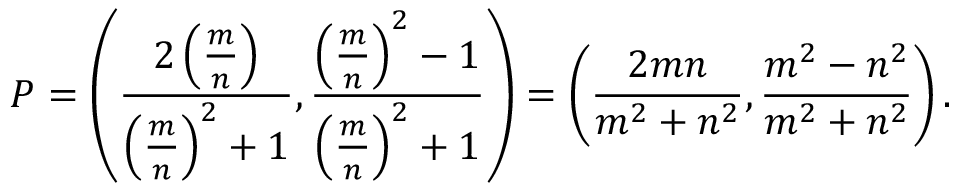
P = \left( { \frac { 2 \left( { \frac { m } { n } } \right) } { \left( { \frac { m } { n } } \right) ^ { 2 } + 1 } } , { \frac { \left( { \frac { m } { n } } \right) ^ { 2 } - 1 } { \left( { \frac { m } { n } } \right) ^ { 2 } + 1 } } \right) = \left( { \frac { 2 m n } { m ^ { 2 } + n ^ { 2 } } } , { \frac { m ^ { 2 } - n ^ { 2 } } { m ^ { 2 } + n ^ { 2 } } } \right) .